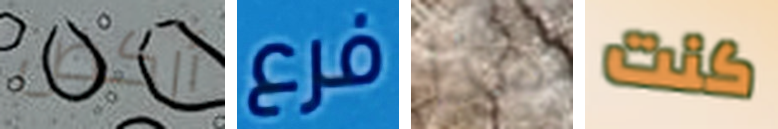
أركض فرع هذا كنت